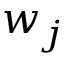
w _ { j }